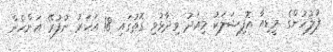
ފުލުހުންގެ މީޑިއާ އޮފިޝަލަކު މިއަދު ވިދާޅުވި ގޮތުގައި 18 އަހަރު ނުފުރޭ އަންހެން